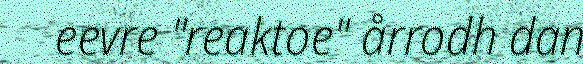
eevre "reaktoe" årrodh dan